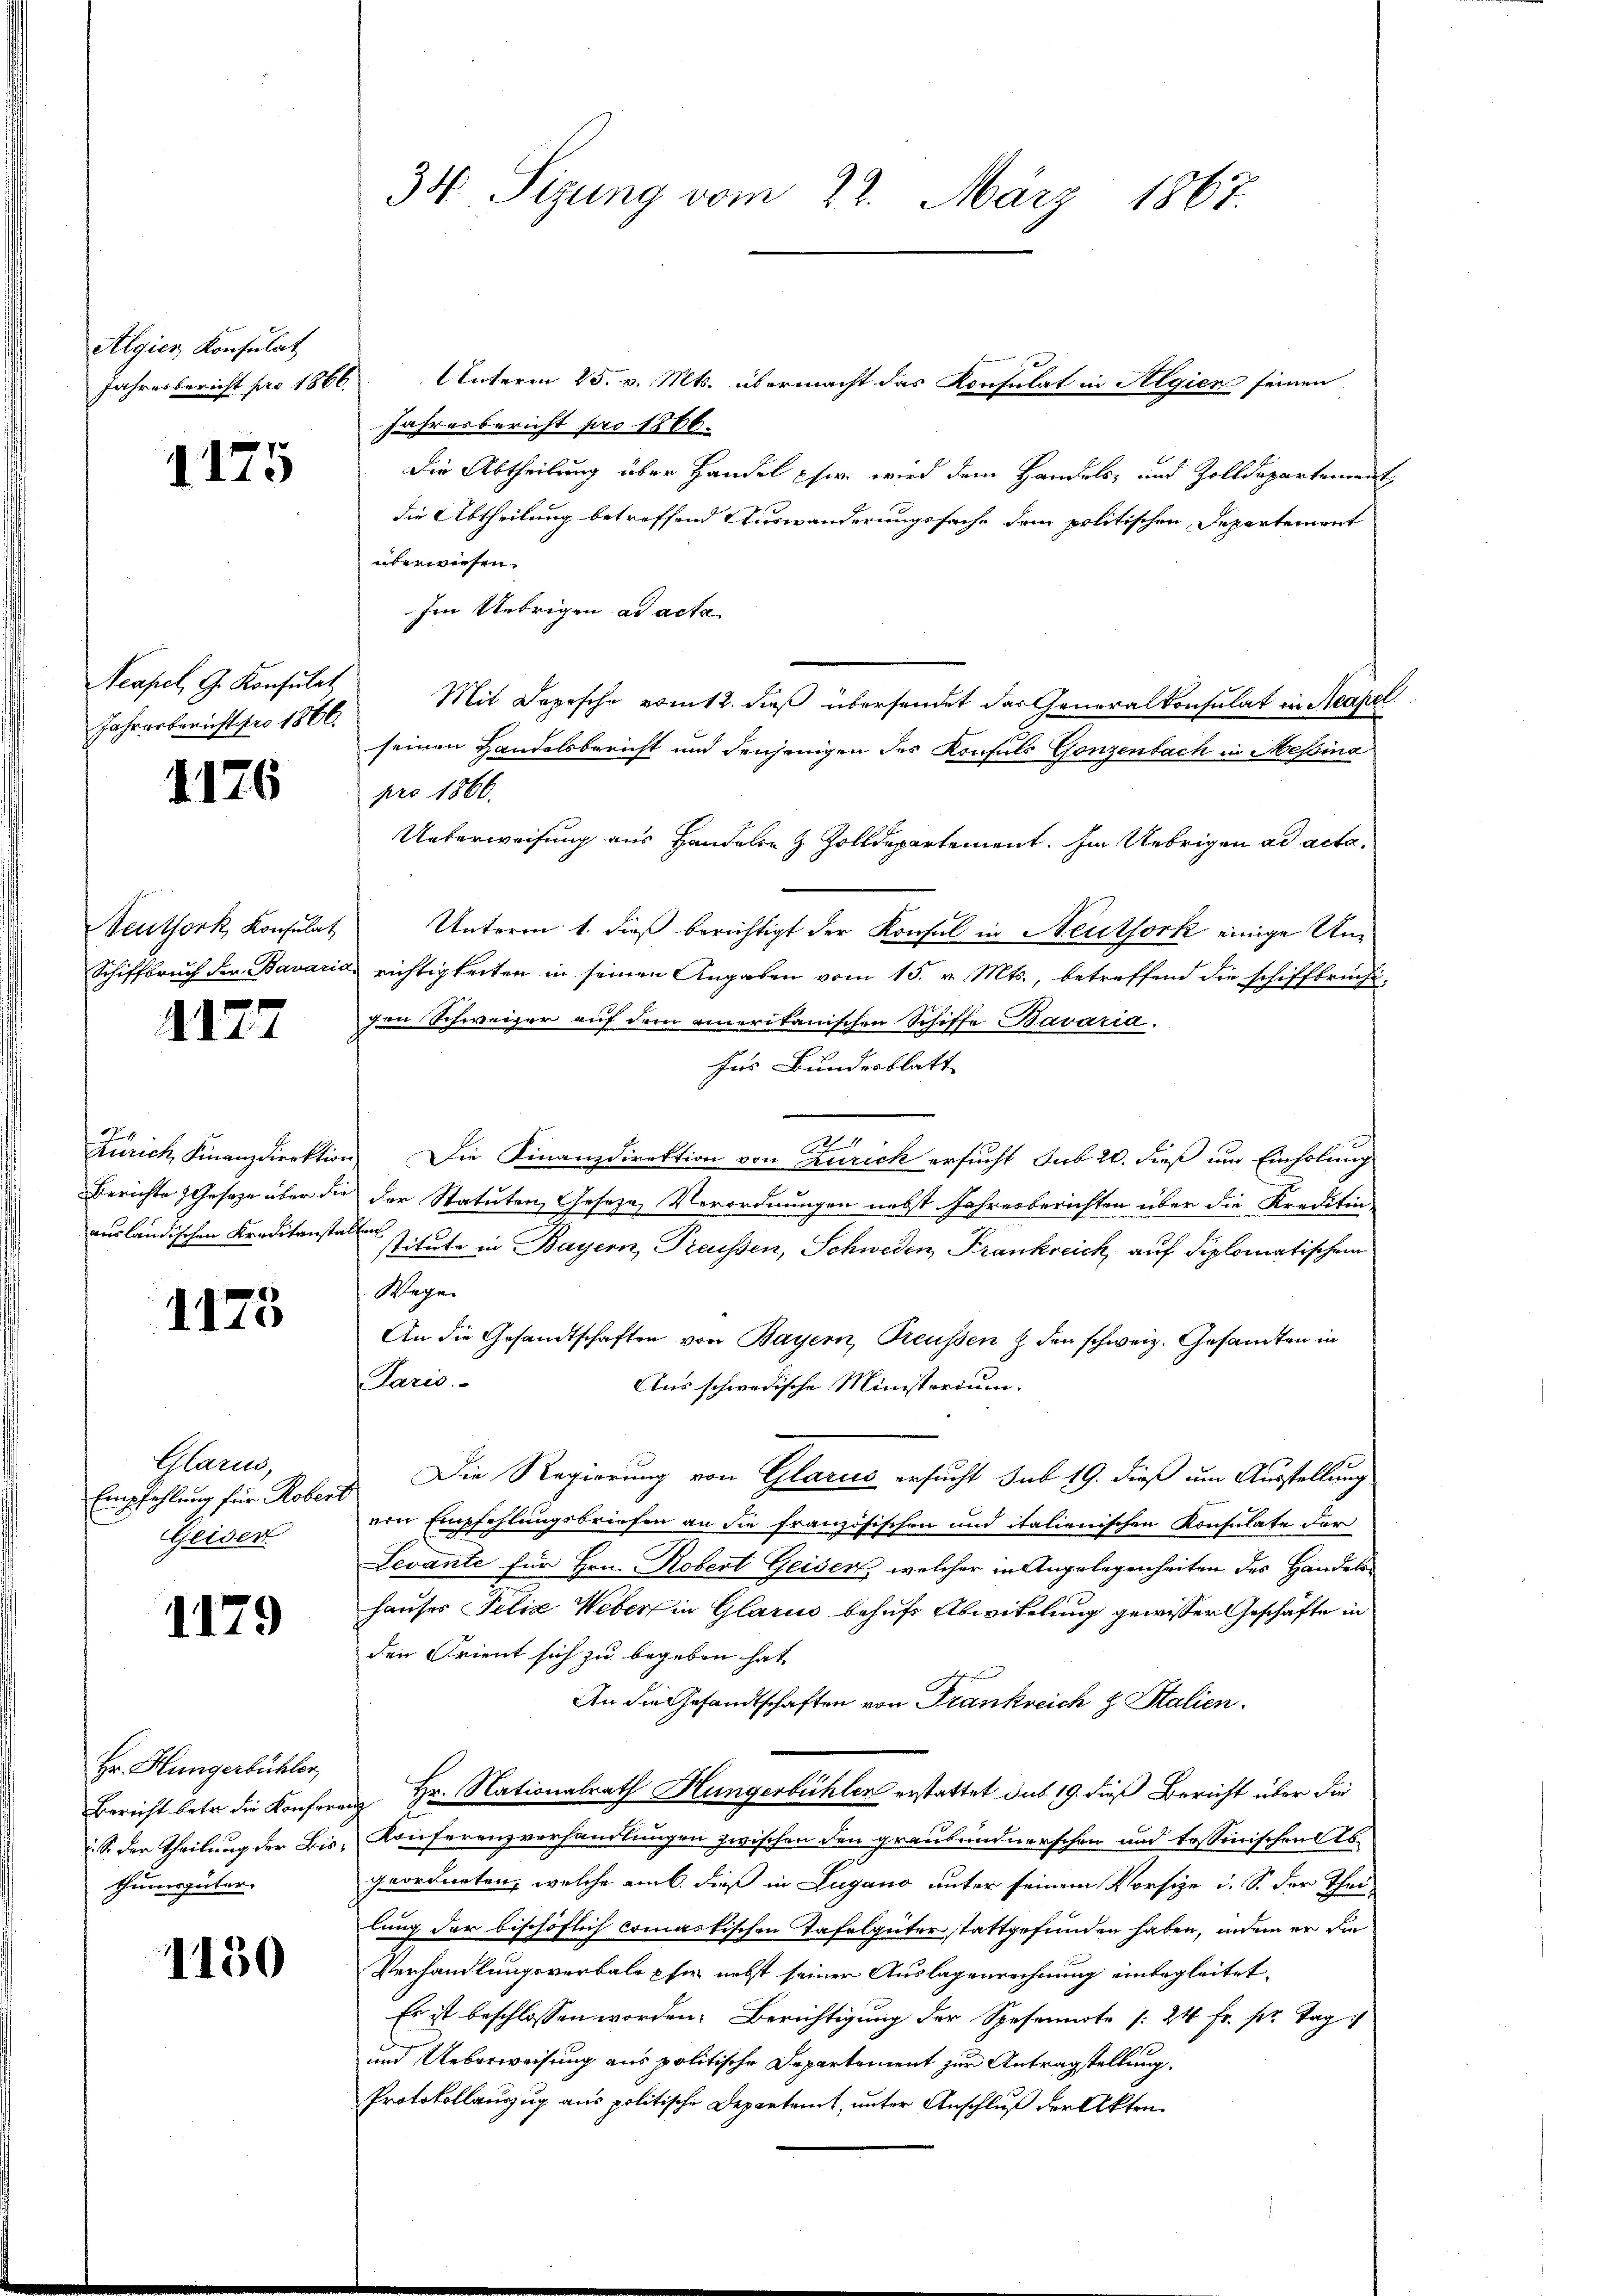
Algies Konsulat

1175

Acapel, G. Konsulat
Jahresbericht pro 1866.

1176

Veuthork, Konsulat
Schiffbruch der Bavaris

1177

.
Zürich Finanzdirektion
Berichte Geseze über die
ausländischen Kreditanstan

1173

Glarus,
Empfehlung für Robert
Geider

1179

Hr. Hungerbühler,
Bericht betr. die Konfere
S. der Theilung der Bisthumsgüter

1150

34. Sizung vom 22. März 1867.

Jahresbericht pro 1866 Unterm 25. v. Mts. übermacht das Konsulat in Algien seinen
Jahresbericht pro 1866.
Die Abtheilung über Handel her wird dem Handels- und Zolldepartement
die Abtheilung betreffend Auswanderungssache dem politischen Departement
überwiesen.
Im Uebrigen ad acta
Mit Depesche vom 2. dieß übersendet der Generalkonsulat in Neapel
seinen Handelsbericht und denjenigen des Konsuls Gonzenbach in Messina
pro 1866.
Unterweisung aus Handeln & Zolldepartement. Im Uebrigen ad acta.
Unterm 1. dieß berichtigt der Konsul in Neuthork einige Unds richtigkeiten in seinen Angaben vom 15. v. Mts., betreffend die schiffbrüchtgen Schweizer auf der ameritanischen Schiffe Bavaria.
Ins Bundesblatt
2
Die Finanzdirektion von Zürich ersucht sub 20. dieß um Einholung
der Statuten, Geseze, Verordnungen nebst Jahresberichten über die Kreditin-
stitute in Bayern, Treussen, Schweden Frankreich, auf diplomatischem
Wegen
An die Gesandtschaften von Bayern, Treussen & den schweiz. Gesandten in
Paris.
Aus schwedische Ministorium.
Die Regierung von Glarus ersucht sub 19. dieß um Ausstellung.
ven Empfehlungsbriefen an die französischen und italienischen Konsulate der
Levante für Hrn. Robert Geisen, welcher in Angelegenheiten des Handelshauser Felix Webers in Glarus behufs Abwittlung gewisser Geschäfte in
den Frient sich zu begeben hat.
An die Gesandtschaften von Frankreich z. Stalien.
Hr. Nationalrath Hungerbühlen erstattet sub 19. dieß Bericht über die
Konferenzverhandlungen zwischen den graubündnerschon und tessinischen Abgeordneten, welche am dieß in Lugano unter seinem Vorsize u. S. der Thei
lung der bischöflich commastischen Tafelgüter stattgefunden haben, indem er die
Verhandlungsverbale pfer nebst seiner Auslagenrechnung unbegleitet.
Es ist beschlossen worden. Berichtigung der Spesennote (24 Fr. pr. Tag
und Ueberweisung aus politische Departement zur Antragstellung.
Protokollauszug aus politische Departemt, unter Anschluß der Akten